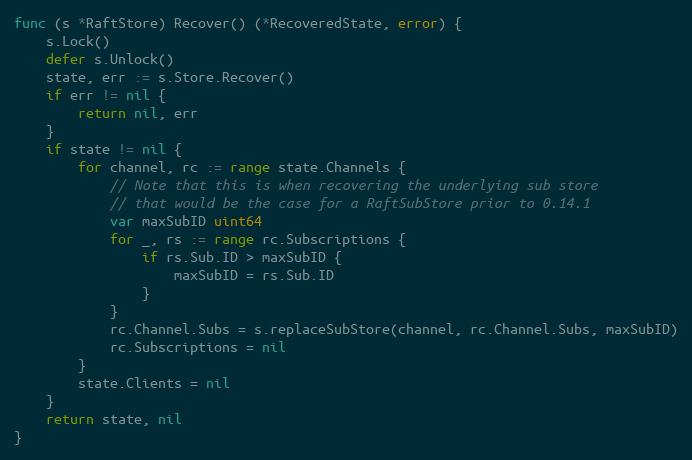
Language: Go
func (s *RaftStore) Recover() (*RecoveredState, error) {
	s.Lock()
	defer s.Unlock()
	state, err := s.Store.Recover()
	if err != nil {
		return nil, err
	}
	if state != nil {
		for channel, rc := range state.Channels {
			// Note that this is when recovering the underlying sub store
			// that would be the case for a RaftSubStore prior to 0.14.1
			var maxSubID uint64
			for _, rs := range rc.Subscriptions {
				if rs.Sub.ID > maxSubID {
					maxSubID = rs.Sub.ID
				}
			}
			rc.Channel.Subs = s.replaceSubStore(channel, rc.Channel.Subs, maxSubID)
			rc.Subscriptions = nil
		}
		state.Clients = nil
	}
	return state, nil
}